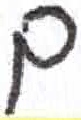
אות: ם